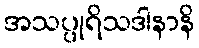
အသပ္ပုရိသဒါနာနိ